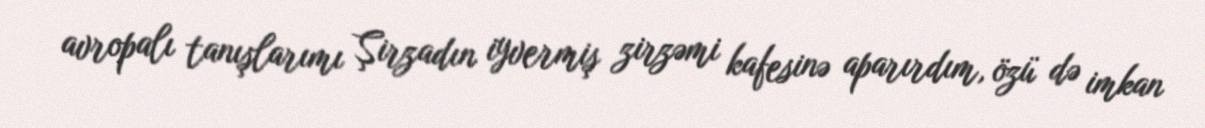
avropalı tanışlarımı Şirzadın iyvermiş zirzəmi kafesinə aparırdım, özü də imkan